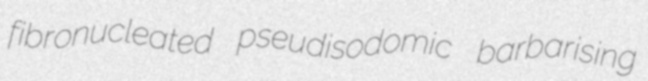
fibronucleated pseudisodomic barbarising